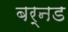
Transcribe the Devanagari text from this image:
बर्नड